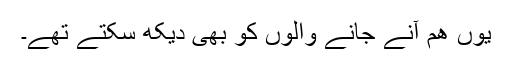
یوں ھم آنے جانے والوں کو بھی دیکھ سکتے تھے۔